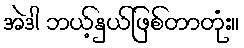
အဲဒါ ဘယ့်နှယ်ဖြစ်တာတုံး။